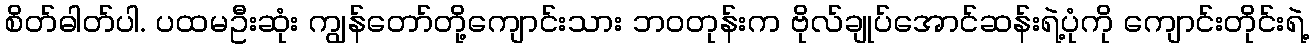
စိတ်ဓါတ်ပါ. ပထမဦးဆုံး ကျွန်တော်တို့ကျောင်းသား ဘဝတုန်းက ဗိုလ်ချုပ်အောင်ဆန်းရဲ့ပုံကို ကျောင်းတိုင်းရဲ့